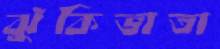
ঝুঁকিভাতা